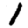
Digit: 1